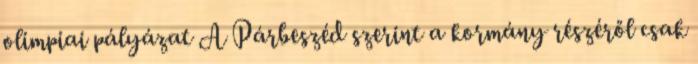
olimpiai pályázat A Párbeszéd szerint a kormány részéről csak